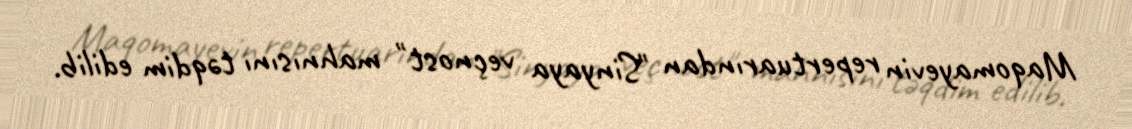
Maqomayevin repertuarından "Sinyaya veçnost" mahnısını təqdim edilib.